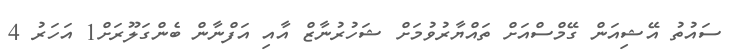
ސައުތު އޭޝިއަން ގޭމްސްއަށް ތައްޔާރުވުމަށް ޝަހުރުނާޒް އާއި އަފްނާން ބެންގަލޫރަށް1 އަހަރު 4